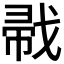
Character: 𱟜